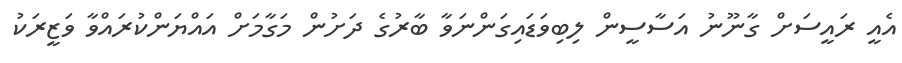
އެއީ ރައީސަށް ގާނޫނު އަސާސީން ލިބިވަޑައިގަންނަވާ ބާރުގެ ދަށުން މަގާމަށް އައްޔަންކުރައްވާ ވަޒީރަކު